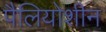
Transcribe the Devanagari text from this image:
पैलियोशीन